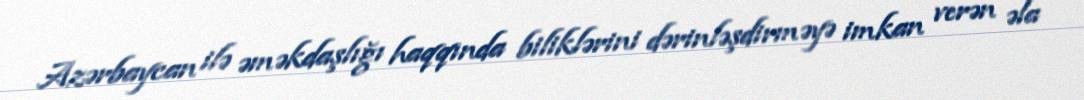
Azərbaycan ilə əməkdaşlığı haqqında biliklərini dərinləşdirməyə imkan verən əla